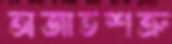
অজাতশত্রু